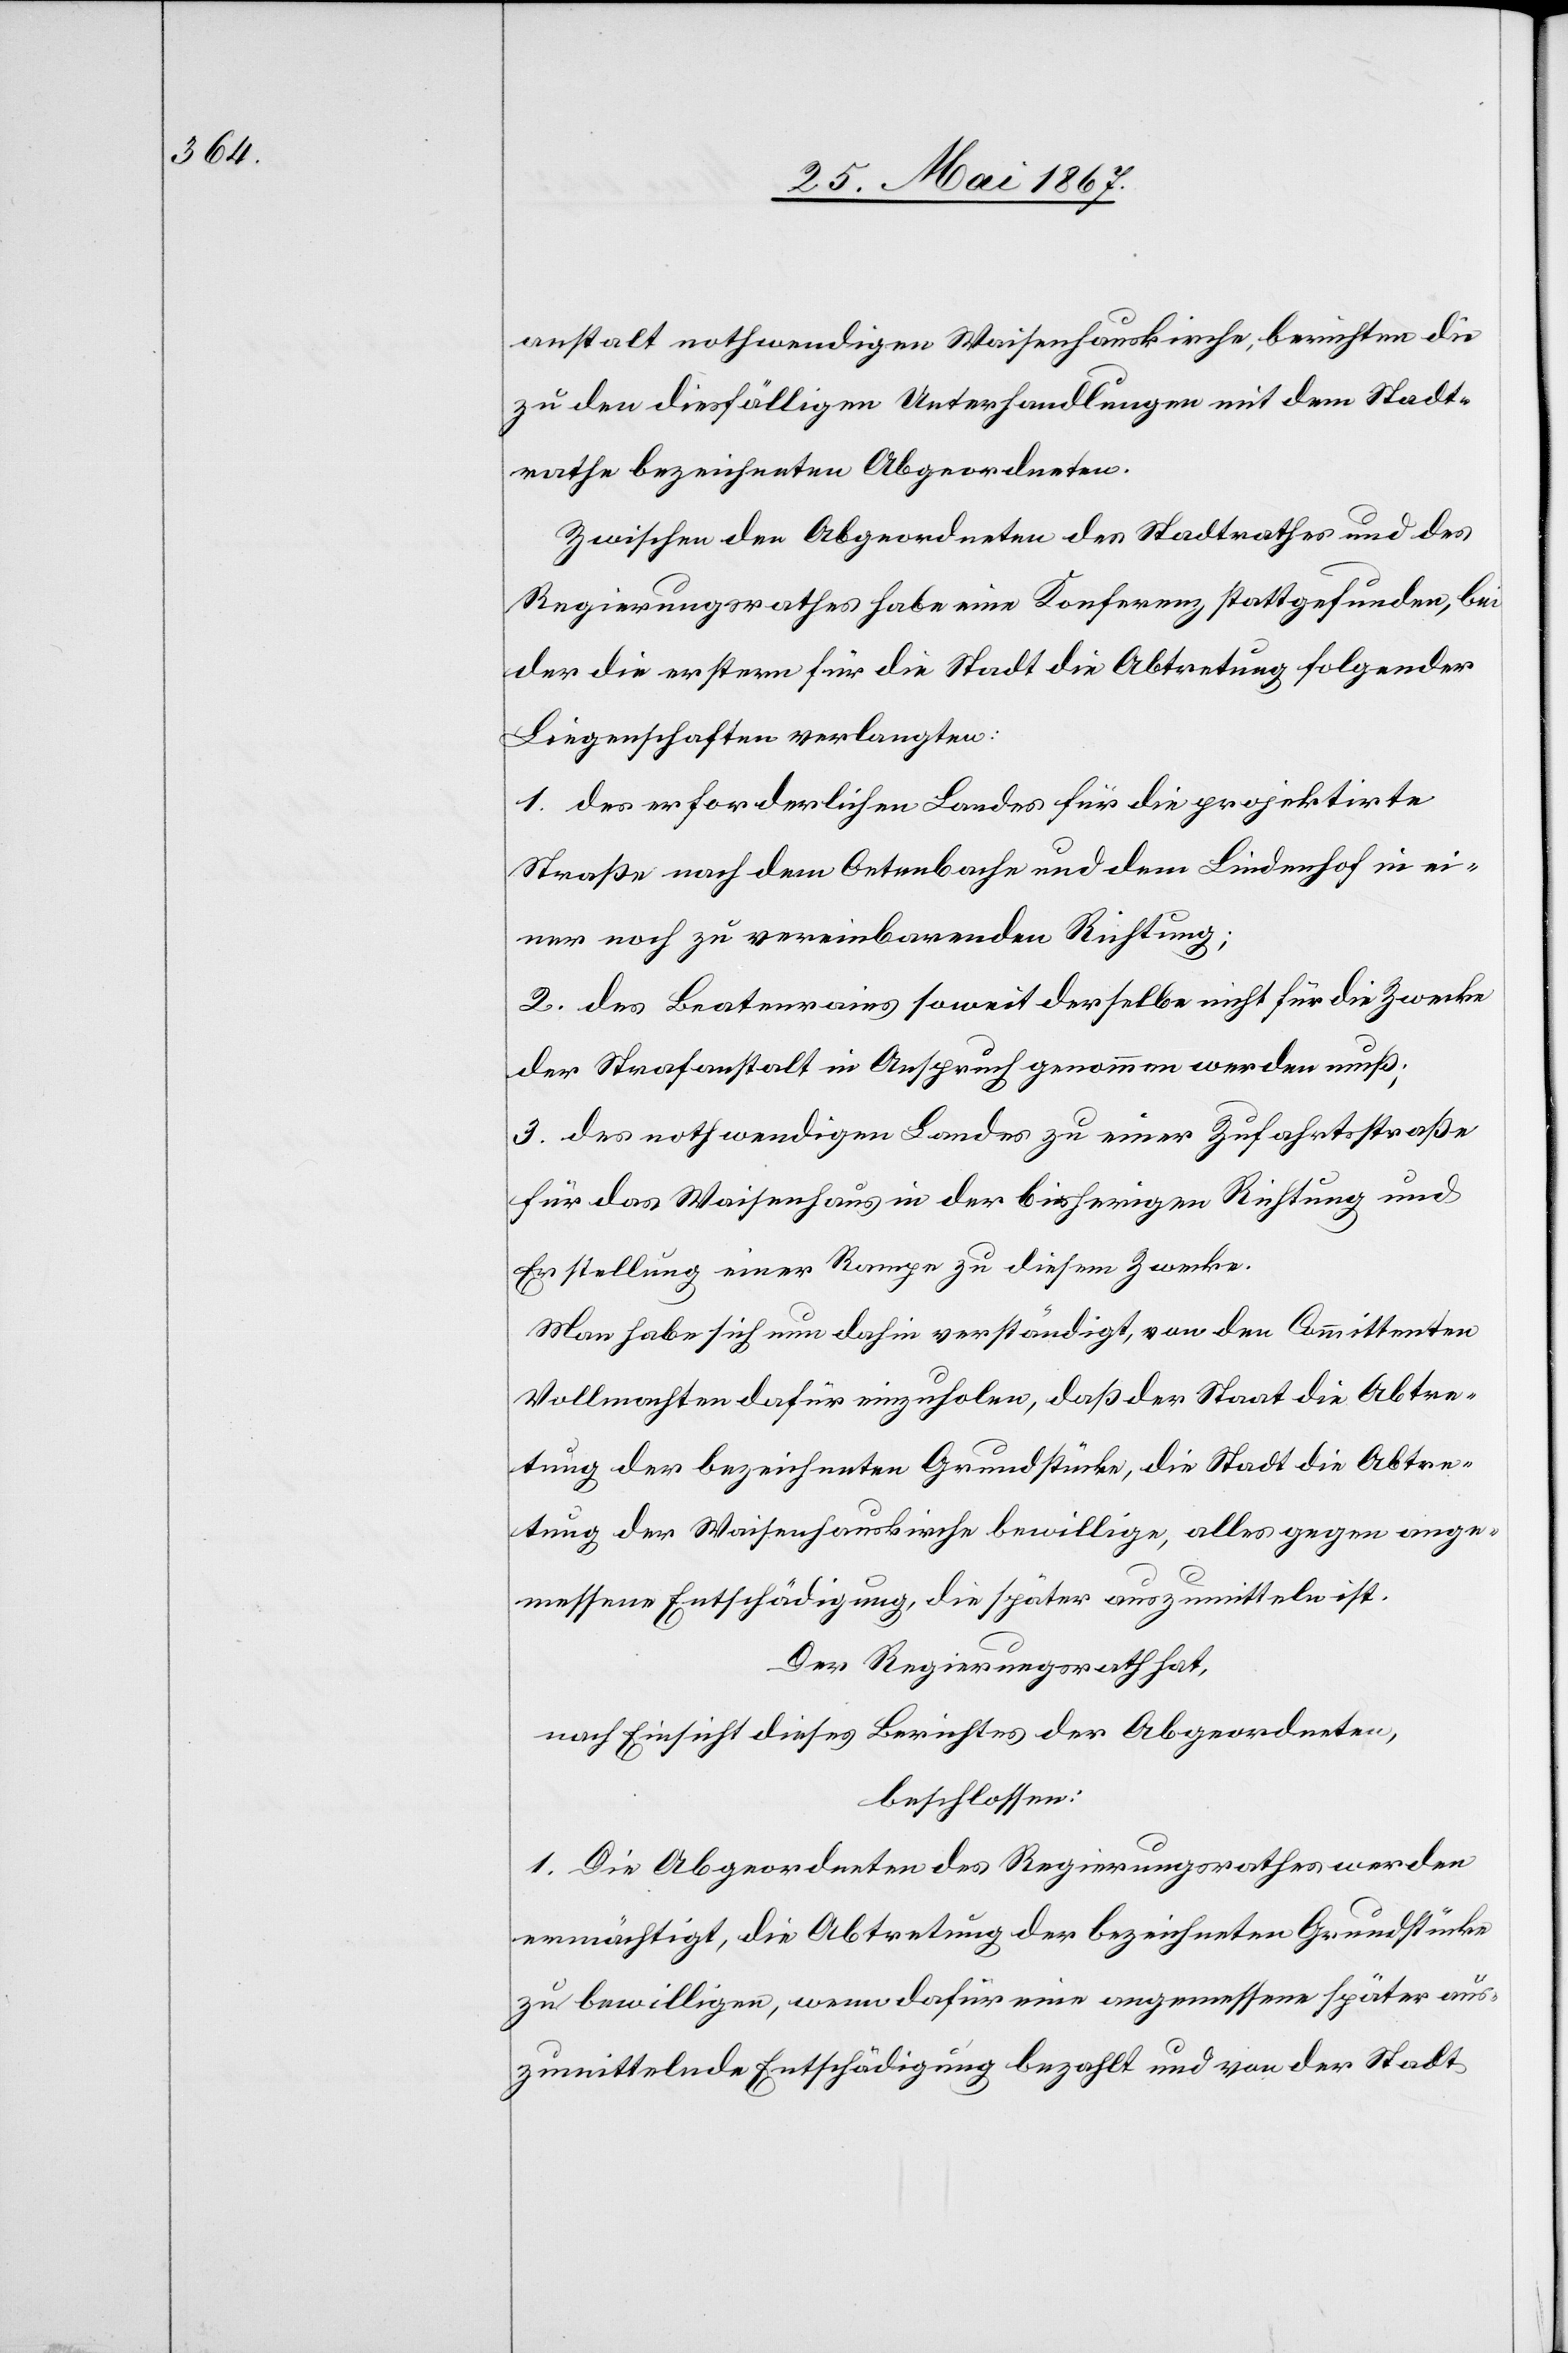
anstalt nothwendigen Waisenhauskirche, berichten die
zu den diesfälligen Unterhandlungen mit dem Stadt¬
rathe bezeichneten Abgeordneten.
Zwischen den Abgeordneten des Stadtrathes und des
Regierungsrathes habe eine Konferenz stattgefunden, bei
der die erstern für die Stadt die Abtretung folgender
Liegenschaften verlangten:
1. des erforderlichen Landes für die projektirte
Straße nach dem Oetenbache und dem Lindenhof in ei¬
ner noch zu vereinbarenden Richtung.
2. des Beatenrains soweit derselbe nicht für die Zwecke
der Strafanstalt in Anspruch genommen werden muß;
3. des nothwendigen Landes zu einer Zufahrtsstraße
für das Waisenhaus in der bisherigen Richtung und
Erstellung einer Rampe zu diesem Zwecke.
Man habe sich nun dahin verständigt, von den Committenten
Vollmachten dafür einzuholen, daß der Staat die Abtre¬
tung der bezeichneten Grundstücke, die Stadt die Abtre¬
tung der Waisenhauskirche bewillige, alles gegen ange¬
messene Entschädigung, die später auszumitteln ist.
Der Regierungsrath hat,
nach Einsicht dieses Berichtes der Abgeordneten,
beschlossen:
1. Die Abgeordneten des Regierungsrathes werden
ermächtigt, die Abtretung der bezeichneten Grundstücke
zu bewilligen, wenn dafür eine angemessene später aus¬
zumittelnde Entschädigung bezahlt und von der Stadt